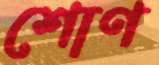
শোণ